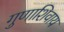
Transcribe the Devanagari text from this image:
गुणाशिवाय